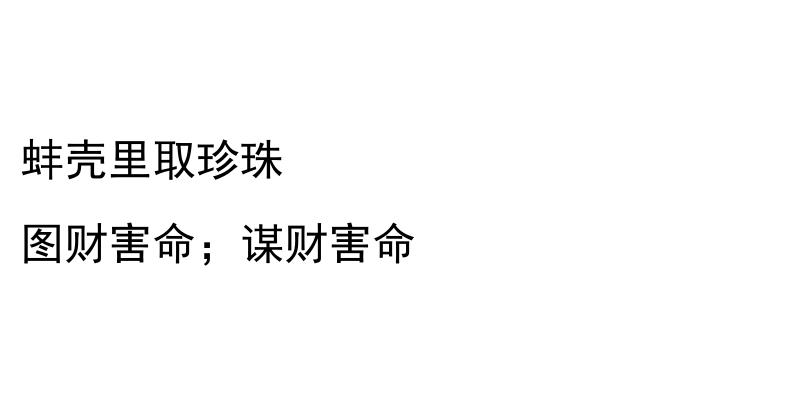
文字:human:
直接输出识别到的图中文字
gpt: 蚌壳里取珍珠 图财害命；谋财害命